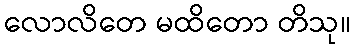
လောလိတေ မထိတော တိသု။